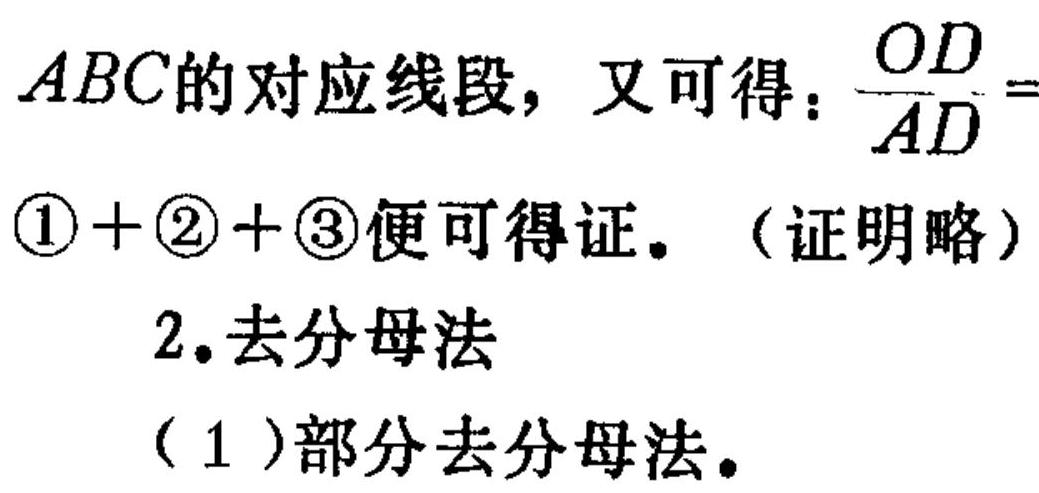
\(ABC\)的对应线段，又可得：\(\frac{OD}{AD}=\)
\(\textcircled{1}+\textcircled{2}+\textcircled{3}\)便可得证。（证明略）
2. 去分母法
（1）部分去分母法。